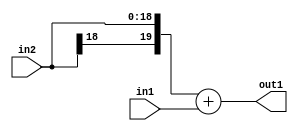
`timescale 1ps / 1ps
/*****************************************************************************
    Verilog RTL Description
    
    
    Created by: Stratus DpOpt 2019.1.01 
*******************************************************************************/

module SobelFilter_Add_19Sx18U_20S_4 (
	in2,
	in1,
	out1
	); /* architecture "behavioural" */ 
input [18:0] in2;
input [17:0] in1;
output [19:0] out1;
wire [19:0] asc001;

assign asc001 = 
	+({in2[18], in2})
	+(in1);

assign out1 = asc001;
endmodule

/* CADENCE  ubL1TQo= : u9/ySgnWtBlWxVPRXgAZ4Og= ** DO NOT EDIT THIS LINE ******/